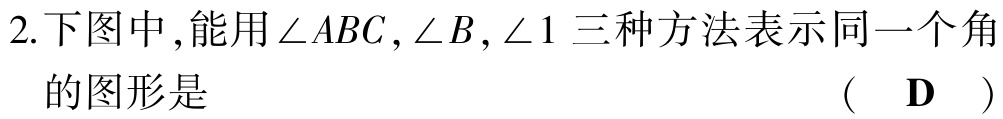
2.下图中,能用\(\angle ABC,\angle B,\angle 1\)三种方法表示同一个角的图形是 （ D ）